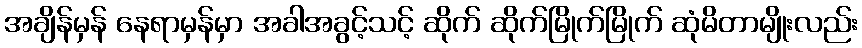
အချိန်မှန် နေရာမှန်မှာ အခါအခွင့်သင့် ဆိုက် ဆိုက်မြိုက်မြိုက် ဆုံမိတာမျိုးလည်း